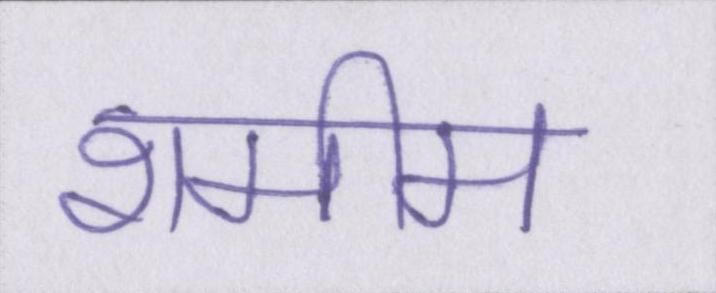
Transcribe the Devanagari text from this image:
शमीम